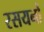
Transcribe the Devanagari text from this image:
रसयनों